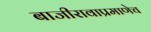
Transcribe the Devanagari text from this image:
बाजीरावाप्रमाणेच